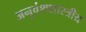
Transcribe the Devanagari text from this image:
अनुवंशशास्त्रीय